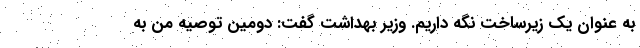
به عنوان یک زیرساخت نگه داریم. وزیر بهداشت گفت: دومین توصیه من به